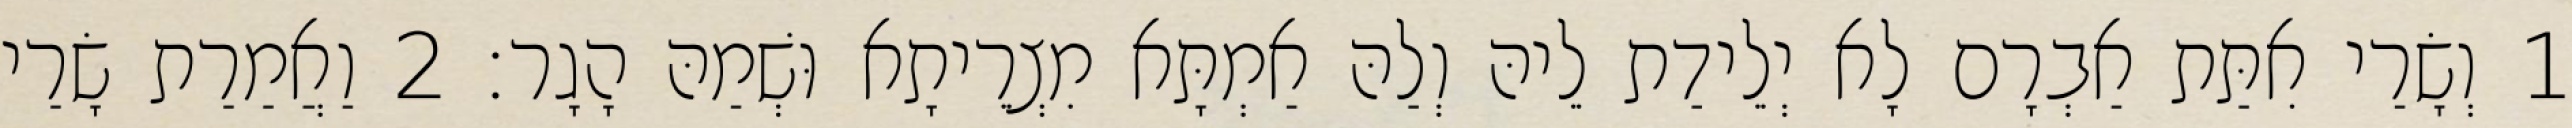
1 וְשָׂרַי אִתַּת אַבְרָם לָא יְלֵידַת לֵיהּ וְלַהּ אַמְתָּא מִצְרֵיתָא וּשְׁמַהּ הָגָר׃ 2 וַאֲמַרַת שָׂרַי